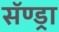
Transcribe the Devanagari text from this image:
सॅण्ड्रा